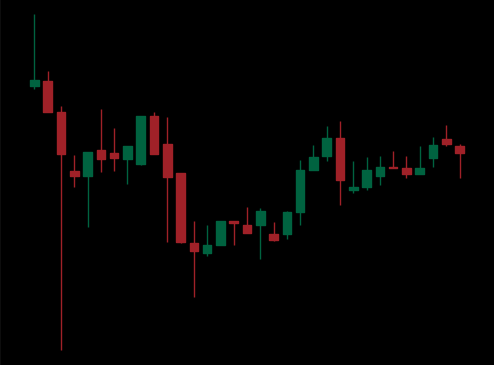
Pattern: inverse_head_shoulders